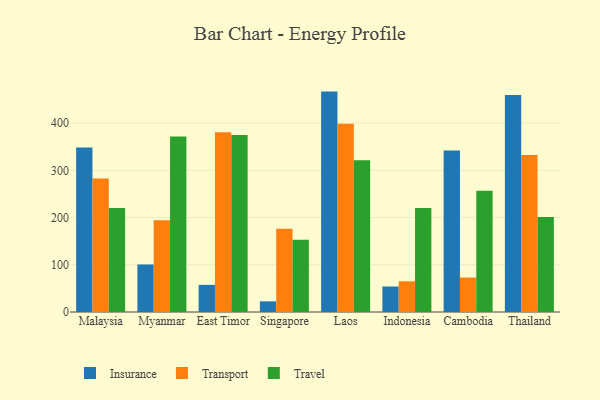
{"axis": {"x": "Country", "y": "Demand Index"}, "legend": ["Insurance", "Transport", "Travel"], "data": [{"x": "Malaysia", "y": 348.5, "type": "Insurance"}, {"x": "Malaysia", "y": 282.8, "type": "Transport"}, {"x": "Malaysia", "y": 220.4, "type": "Travel"}, {"x": "Myanmar", "y": 100.7, "type": "Insurance"}, {"x": "Myanmar", "y": 194.2, "type": "Transport"}, {"x": "Myanmar", "y": 371.7, "type": "Travel"}, {"x": "East Timor", "y": 57.5, "type": "Insurance"}, {"x": "East Timor", "y": 380.8, "type": "Transport"}, {"x": "East Timor", "y": 375.1, "type": "Travel"}, {"x": "Singapore", "y": 22.6, "type": "Insurance"}, {"x": "Singapore", "y": 176.2, "type": "Transport"}, {"x": "Singapore", "y": 153.1, "type": "Travel"}, {"x": "Laos", "y": 466.8, "type": "Insurance"}, {"x": "Laos", "y": 398.9, "type": "Transport"}, {"x": "Laos", "y": 321.4, "type": "Travel"}, {"x": "Indonesia", "y": 54.0, "type": "Insurance"}, {"x": "Indonesia", "y": 65.0, "type": "Transport"}, {"x": "Indonesia", "y": 220.3, "type": "Travel"}, {"x": "Cambodia", "y": 342.1, "type": "Insurance"}, {"x": "Cambodia", "y": 73.0, "type": "Transport"}, {"x": "Cambodia", "y": 256.8, "type": "Travel"}, {"x": "Thailand", "y": 459.6, "type": "Insurance"}, {"x": "Thailand", "y": 332.6, "type": "Transport"}, {"x": "Thailand", "y": 201.1, "type": "Travel"}]}